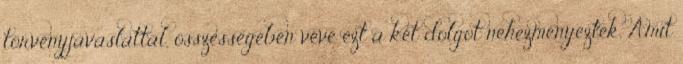
törvényjavaslattal, összességében véve ezt a két dolgot nehezményezték. Amit